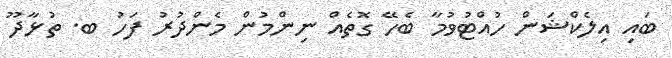
ބައި އިލެކްޝަން ހުއްޓުވުމާ ބެހޭ ގޮތެއް ނިންމުން މެންދުރު ފަހު ބ. ތުޅާދޫ